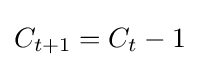
C_{t+1}=C_{t}-1